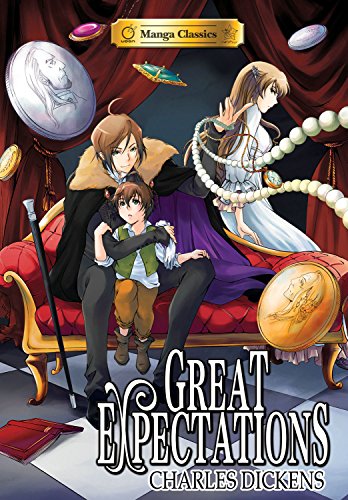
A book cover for Manga Classics: Great Expectations Softcover; Charles Dickens; Comics & Graphic Novels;